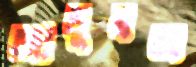
জালুনঅ